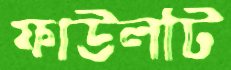
ফাউলটি